Annual report on the mental hospital in the Central Provinces and Berar (Nagpur) - 1927-1951
Year: 1927
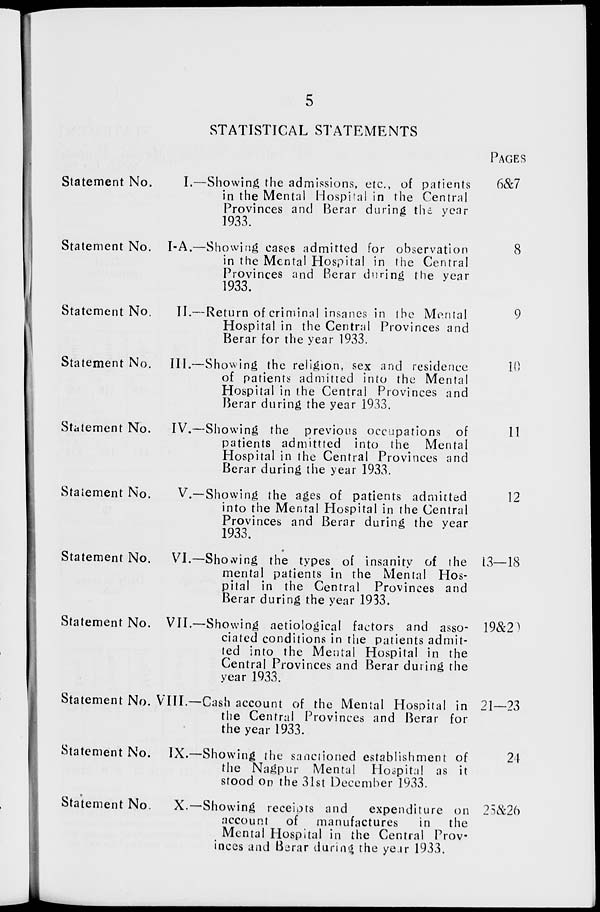
5
STATISTICAL STATEMENTS
Statement No.
Statement No.
Statement No.
Statement No.
Statement No.
Statement No.
Statement No.
Statement No.
Statement No.
Statement No.
Statement No
I.—Showing the admissions, etc., of patients
in the Mental Hospital in the Central
Provinces and Berar during the year
1933.
I-A.—Showing cases admitted for observation
in the Mental Hospital in the Central
Provinces and Berar during the year
1933.
II.—Return of criminal insanes in the Mental
Hospital in the Central Provinces and
Berar for the year 1933.
III.—Showing the religion, sex and residence
of patients admitted into the Mental
Hospital in the Central Provinces and
Berar during the year 1933.
IV.—Showing the previous occupations of
patients admittted into the Mental
Hospital in the Central Provinces and
Berar during the year 1933.
V.—Showing the ages of patients admitted
into the Mental Hospital in the Central
Provinces and Berar during the year
1933.
VI.—Showing the types of insanity of the
mental patients in the Mental Hos-
pital in the Central Provinces and
Berar during the year 1933.
VII.—Showing aetiological factors and asso-
ciated conditions in the patients admit-
ted into the Mental Hospital in the
Central Provinces and Berar during the
year 1933.
VIII.—Cash account of the Mental Hospital in
the Central Provinces and Berar for
the year 1933.
IX.—Showing the sanctioned establishment of
the Nagpur Mental Hospital as it
stood on the 31st December 1933.
X.—Showing receipts and
expenditure on
account of manufactures
in the
Mental Hospital in the Central Prov-
inces and Berar during the year 1933.
PAGES
6&7
8
9
10
11
12
13—18
19&20
21—23
24
25&26